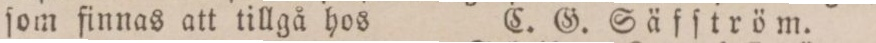
ſom finnas att tillgå hos    C. G. Säfſtröm.